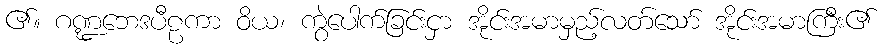
၏။ ဂဏ္ဍဘေဒပီဠကာ ဝိယ၊ ကွဲပေါက်ခြင်းငှာ အိုင်းအမာမှည့်လတ်သော် အိုင်းအမာကြီး၏